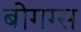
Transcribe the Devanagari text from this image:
बोगग्स